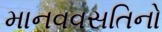
માનવવસતિનો